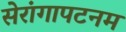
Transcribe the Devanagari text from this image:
सेरांगापटनम